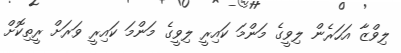
ލިވްޒާ އަހަރެން ލިވީގެ މަންމަ ކައިރީ ލިވީގެ މަންމަ ކައިރީ ވަރަށް ރީތިކޮށް